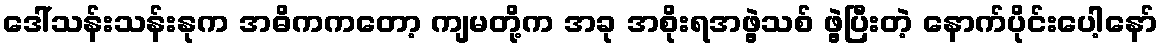
ဒေါ်သန်းသန်းနုက အဓိကကတော့ ကျမတို့က အခု အစိုးရအဖွဲ့သစ် ဖွဲ့ပြီးတဲ့ နောက်ပိုင်းပေါ့နော်